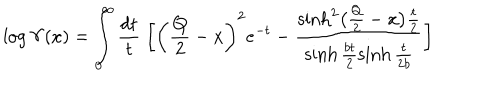
\log \Upsilon ( x ) = \int _ { 0 } ^ { \infty } \frac { d t } { t } \; \biggl [ \biggl ( \frac { Q } { 2 } - x \biggr ) ^ { 2 } e ^ { - t } - \frac { \sinh ^ { 2 } \bigl ( \frac { Q } { 2 } - x \bigr ) \frac { t } { 2 } } { \sinh \frac { b t } { 2 } \sinh \frac { t } { 2 b } } \biggr ]